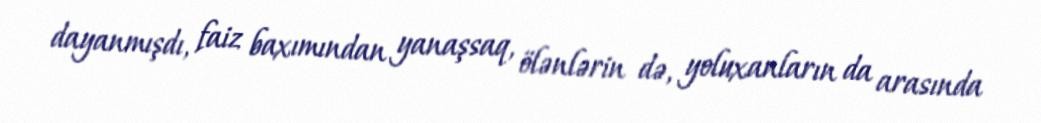
dayanmışdı, faiz baxımından yanaşsaq, ölənlərin də, yoluxanların da arasında